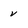
Character: v